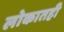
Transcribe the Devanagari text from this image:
लोकातही